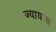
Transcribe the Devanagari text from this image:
ज्यायांश्च